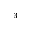
^ 3